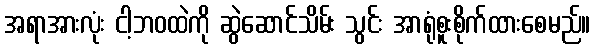
အရာအားလုံး ငါ့ဘဝထဲကို ဆွဲဆောင်သိမ်း သွင်း အာရုံစူးစိုက်ထားစေမည်။